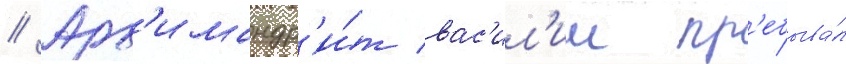
// Арх'имандр'и́т вас'ил'ии пр'ебыва́л